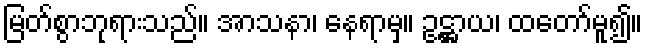
မြတ်စွာဘုရားသည်။ အာသနာ၊ နေရာမှ။ ဥဋ္ဌာယ၊ ထတော်မူ၍။